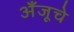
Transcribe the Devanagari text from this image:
अँजूचे